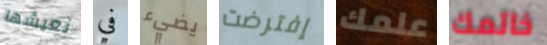
نعيشها في يضيء إفترضت علمك خاتمك